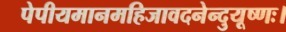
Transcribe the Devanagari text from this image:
पेपीयमानमहिजावदनेन्दुयूष्णः।